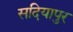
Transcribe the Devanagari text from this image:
सदियापुर